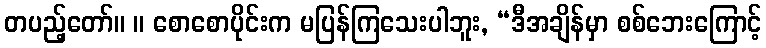
တပည့်တော်။ ။ စောစောပိုင်းက မပြန်ကြသေးပါဘူး, “ဒီအချိန်မှာ စစ်ဘေးကြောင့်